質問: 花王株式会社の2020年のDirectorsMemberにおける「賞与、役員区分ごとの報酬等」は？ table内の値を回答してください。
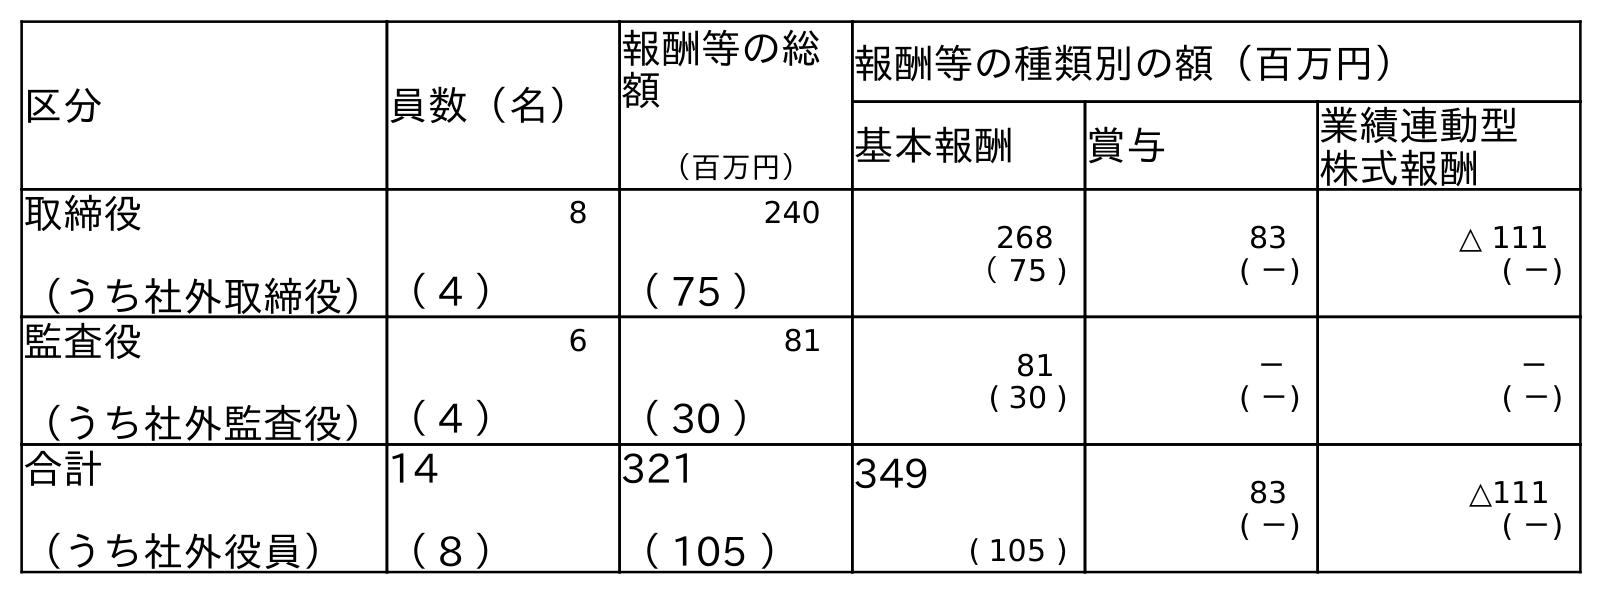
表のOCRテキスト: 区分 員数（名） 報酬等の総 額 （百万円） 報酬等の種類別の額（百万円） 基本報酬 賞与 業績連動型 株式報酬 取締役 （うち社外取締役） 8 （ 4 ） 240 （ 75 ） 268 （ 75 ) 83 ( －) △ 111 ( －) 監査役 （うち社外監査役） 6 （ 4 ） 81 （ 30 ） 81 ( 30 ) － ( －) － ( －) 合計 （うち社外役員） 14 （ 8 ） 321 （ 105 ） 349 ( 105 ) 83 ( －) △111 ( －)
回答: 83(－)